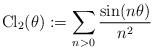
LaTeX: \begin{align*}{\rm Cl}_2(\theta):=\sum_{n>0}\frac{\sin(n\theta)}{n^2}\end{align*}